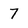
Character: 7